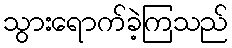
သွားရောက်ခဲ့ကြသည်